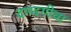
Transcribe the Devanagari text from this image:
दगदगीचा